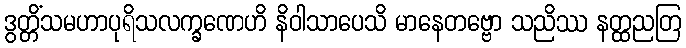
ဒွတ္တိံသမဟာပုရိသလက္ခဏေဟိ နိဝါသာပေသိ မာနေတဗ္ဗော သညိဿ နတ္ထညတြ